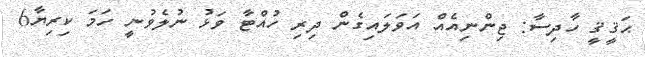
ޙަޤީޤީ ހާދިސާ: ޖިންނިއެއް އަވަލައިގެން ދިރި ހުއްޓާ ވަޅު ނުލެވުނީ ހަމަ ކިރިޔާ6